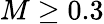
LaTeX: M\geq 0.3